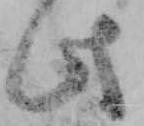
此